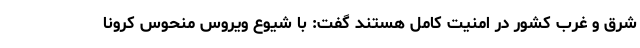
شرق و غرب کشور در امنیت کامل هستند گفت: با شیوع ویروس منحوس کرونا